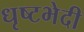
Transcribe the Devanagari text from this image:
धृष्टभेदी